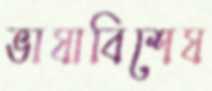
ভাষাবিশেষ